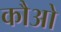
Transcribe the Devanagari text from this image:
कौओ